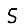
Digit: 5